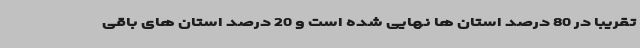
تقریبا در 80 درصد استان ها نهایی شده است و 20 درصد استان های باقی